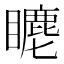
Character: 𥋨